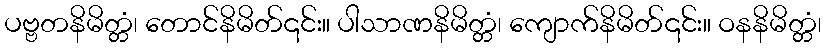
ပဗ္ဗတနိမိတ္တံ၊ တောင်နိမိတ်၎င်း။ ပါသာဏနိမိတ္တံ၊ ကျောက်နိမိတ်၎င်း။ ဝနနိမိတ္တံ၊